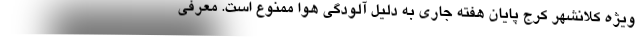
ویژه کلانشهر کرج پایان هفته جاری به دلیل آلودگی هوا ممنوع است. معرفی